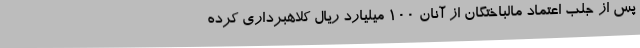
پس از جلب اعتماد مالباختگان از آنان 100 میلیارد ریال کلاهبرداری کرده